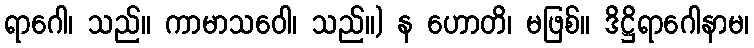
ရာဂေါ၊ သည်။ ကာမာသဝေါ၊ သည်။) န ဟောတိ၊ မဖြစ်။ ဒိဋ္ဌိရာဂေါနာမ၊